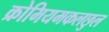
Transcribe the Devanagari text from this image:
क्रोमियमकलछुल